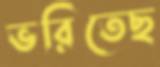
ভরিতেছ